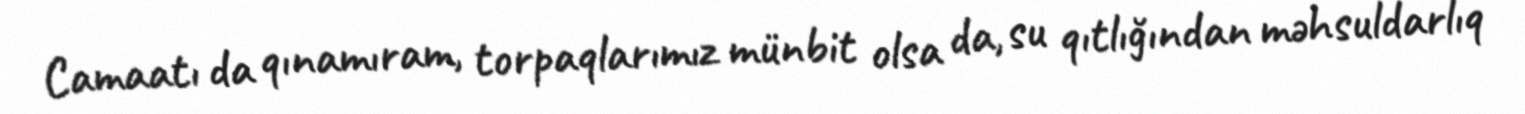
Camaatı da qınamıram, torpaqlarımız münbit olsa da, su qıtlığından məhsuldarlıq